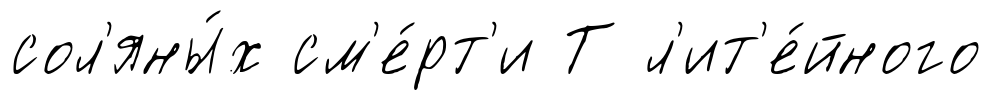
сол'яны́х см'е́рт'и Т л'ит'е́йного